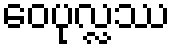
ဝေပုလ္လဿ